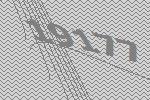
19177